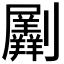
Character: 𠠮